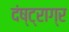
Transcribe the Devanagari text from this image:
दंष्ट्राग्र